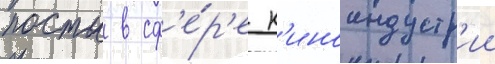
посты в сф'е́р'е к'иноиндустр'ии